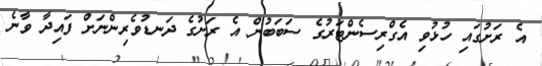
އެ ރަށުގައި ހުޅުވި އެގްރިސެންޓަރުގެ ސަބަބުން އެ ރަށުގެ ދަނޑުވެރިންނަށް ފައިދާ ވާނެ